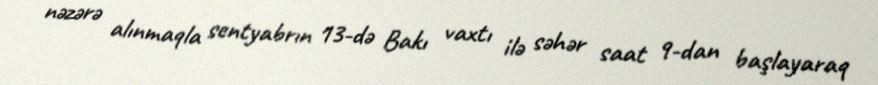
nəzərə alınmaqla sentyabrın 13-də Bakı vaxtı ilə səhər saat 9-dan başlayaraq